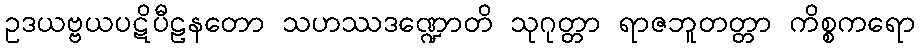
ဥဒယဗ္ဗယပဋိပီဠနတော သဟဿဒဏ္ဍောတိ သုဂုတ္တာ ရာဇဘူတတ္တာ ကိစ္စကရော